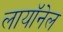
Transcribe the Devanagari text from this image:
लायॉनेल